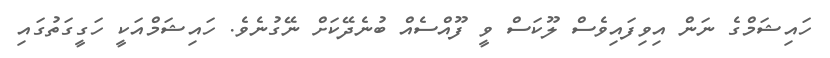
ހައިޝަމްގެ ނަން އިވިފައިވެސް ލޫކަސް ވީ ފޫއްސެއް ބުނެދޭކަށް ނޭގުނެވެ. ހައިޝަމްއަކީ ހަގީގަތުގައި